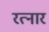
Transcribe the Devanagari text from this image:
रत्नार